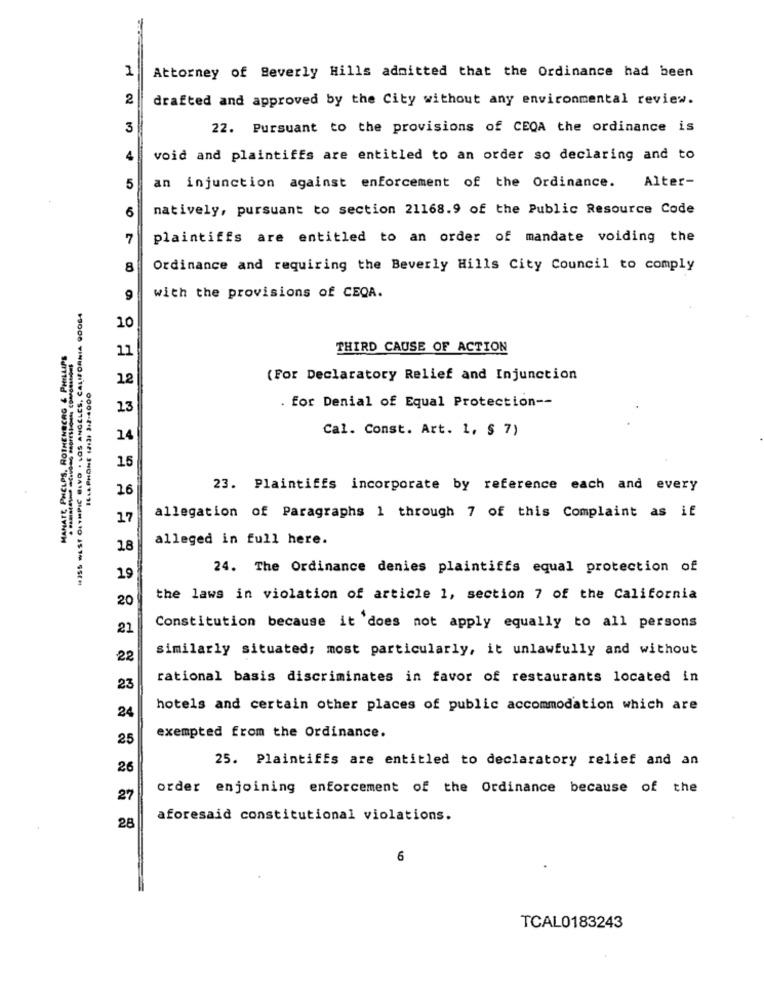
1
Attorney of Beverly Hills admitted that the Ordinance had been
2
drafted and approved by the City without any environmental review.
3
22. Pursuant to the provisions of CEQA the ordinance is
4
void and plaintiffs are entitled to an order so declaring and to
5
an injunction against enforcement of the Ordinance.
Alter-
6
natively, pursuant to section 21168.9 of the Public Resource Code
7
plaintiffs are entitled to an order of mandate voiding the
8
Ordinance and requiring the Beverly Hills City Council to comply
9
with the provisions of CEQA.
HISS WEST OLYMPIC BLVD . LOS ANGELES, CALIFORNIA 90OG4
10
MANATE PHELPS. ROTHENBERG & PHILLIPS
11
THIRD CAUSE OF ACTION
12
(For Declaratory Relief and Injunction
ILLPHOnt (213: 3-2-4000
. for Denial of Equal Protection --
13
Cal. Const. Art. 1, § 7)
14
15
16
23. Plaintiffs incorporate by reference each and every
17
allegation of Paragraphs 1 through 7 of this Complaint as if
alleged in full here.
18
24. The Ordinance denies plaintiffs equal protection of
19
20
the laws in violation of article 1, section 7 of the California
21
Constitution because it does not apply equally to all persons
similarly situated; most particularly, it unlawfully and without
22
rational basis discriminates in favor of restaurants located in
23
hotels and certain other places of public accommodation which are
24
25
exempted from the Ordinance.
25. Plaintiffs are entitled to declaratory relief and an
26
order enjoining enforcement of the Ordinance because of the
27
aforesaid constitutional violations.
28
6
TCAL0183243